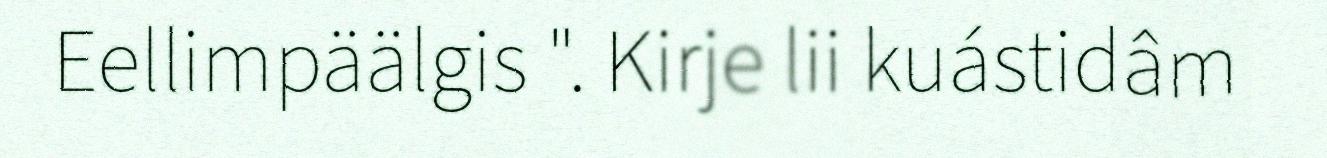
Eellimpäälgis ". Kirje lii kuástidâm